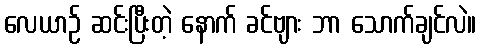
လေယာဉ် ဆင်းပြီးတဲ့ နောက် ခင်ဗျား ဘာ သောက်ချင်လဲ။